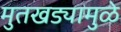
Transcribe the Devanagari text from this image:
मुतखड्यामुळे